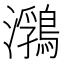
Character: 𪃽